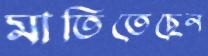
মাতিতেছেন